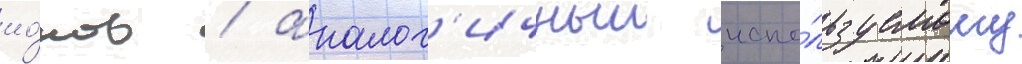
ио́нов / аналог'ичныи испо́льзуемому